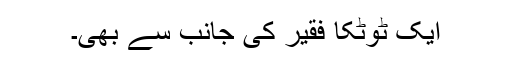
ایک ٹوٹکا فقیر کی جانب سے بھی۔